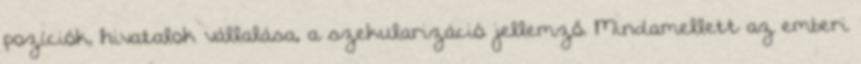
pozíciók, hivatalok vállalása, a szekularizáció jellemző. Mindamellett az emberi